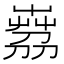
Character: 𦴘